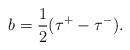
\begin{align*}b=\frac 12(\tau ^{+}-\tau ^{-}). \end{align*}